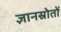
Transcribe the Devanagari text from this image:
ज्ञानस्रोतों